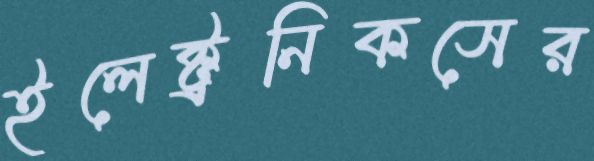
ইলেক্ট্রনিকসের